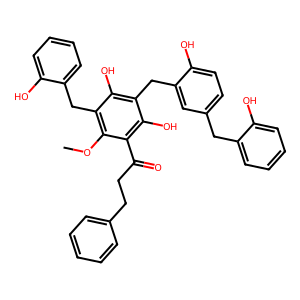
SMILES: COc1c(Cc2ccccc2O)c(O)c(Cc2cc(Cc3ccccc3O)ccc2O)c(O)c1C(=O)CCc1ccccc1
Inhibits HIV replication: No